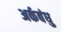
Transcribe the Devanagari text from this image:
अर्कबंधु